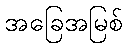
အခြေအမြစ်